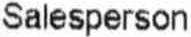
SALESPERSON